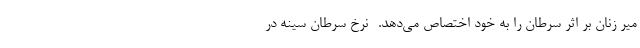
میر زنان بر اثر سرطان را به خود اختصاص می‌دهد. -نرخ سرطان سینه در